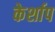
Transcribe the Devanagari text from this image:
केर्शाप